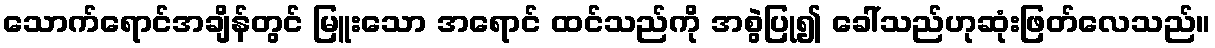
သောက်ရောင်အချိန်တွင် မြူးသော အရောင် ထင်သည်ကို အစွဲပြု၍ ခေါ်သည်ဟုဆုံးဖြတ်လေသည်။